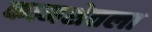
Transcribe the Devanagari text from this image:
कामशेतला